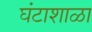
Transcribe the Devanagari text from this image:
घंटाशाळा